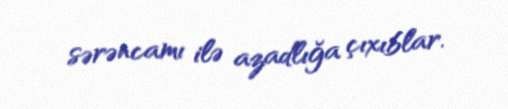
sərəncamı ilə azadlığa çıxıblar.